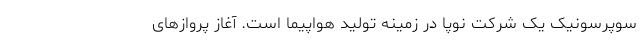
سوپرسونیک یک شرکت نوپا در زمینه تولید هواپیما است. آغاز پروازهای